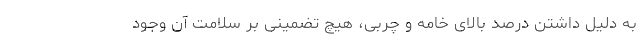
به دلیل داشتن درصد بالای خامه و چربی، هیچ تضمینی بر سلامت آن وجود